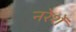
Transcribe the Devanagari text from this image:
नरेशें